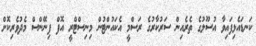
ކަނޑައެޅިފައިވާ އުސޫލުގެ ތެރެއިން ސަރުކާރުގެ ރަސްމީ އެކައުންޓުން މިނިސްޓްރީ އޮފް ފިނޭންސް މެދުވެރިކޮށް